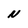
Character: N